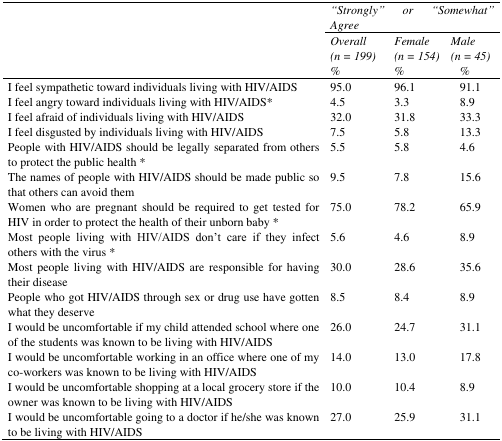
<table><thead><tr><td rowspan="3"></td><td colspan="3"><b><i>“Strongly” or “Somewhat” Agree</i></b></td></tr><tr><td><b><i>Overall (n = 199)</i></b></td><td><b><i>Female (n = 154)</i></b></td><td><b><i>Male (n = 45)</i></b></td></tr><tr><td><b><i>%</i></b></td><td><b><i>%</i></b></td><td><b><i>%</i></b></td></tr></thead><tbody><tr><td>I feel sympathetic toward individuals living with HIV/AIDS</td><td>95.0</td><td>96.1</td><td>91.1</td></tr><tr><td>I feel angry toward individuals living with HIV/AIDS*</td><td>4.5</td><td>3.3</td><td>8.9</td></tr><tr><td>I feel afraid of individuals living with HIV/AIDS</td><td>32.0</td><td>31.8</td><td>33.3</td></tr><tr><td>I feel disgusted by individuals living with HIV/AIDS</td><td>7.5</td><td>5.8</td><td>13.3</td></tr><tr><td>People with HIV/AIDS should be legally separated from others to protect the public health *</td><td>5.5</td><td>5.8</td><td>4.6</td></tr><tr><td>The names of people with HIV/AIDS should be made public so that others can avoid them</td><td>9.5</td><td>7.8</td><td>15.6</td></tr><tr><td>Women who are pregnant should be required to get tested for HIV in order to protect the health of their unborn baby *</td><td>75.0</td><td>78.2</td><td>65.9</td></tr><tr><td>Most people living with HIV/AIDS don&#x27;t care if they infect others with the virus *</td><td>5.6</td><td>4.6</td><td>8.9</td></tr><tr><td>Most people living with HIV/AIDS are responsible for having their disease</td><td>30.0</td><td>28.6</td><td>35.6</td></tr><tr><td>People who got HIV/AIDS through sex or drug use have gotten what they deserve</td><td>8.5</td><td>8.4</td><td>8.9</td></tr><tr><td>I would be uncomfortable if my child attended school where one of the students was known to be living with HIV/AIDS</td><td>26.0</td><td>24.7</td><td>31.1</td></tr><tr><td>I would be uncomfortable working in an office where one of my co-workers was known to be living with HIV/AIDS</td><td>14.0</td><td>13.0</td><td>17.8</td></tr><tr><td>I would be uncomfortable shopping at a local grocery store if the owner was known to be living with HIV/AIDS</td><td>10.0</td><td>10.4</td><td>8.9</td></tr><tr><td>I would be uncomfortable going to a doctor if he/she was known to be living with HIV/AIDS</td><td>27.0</td><td>25.9</td><td>31.1</td></tr></tbody></table>